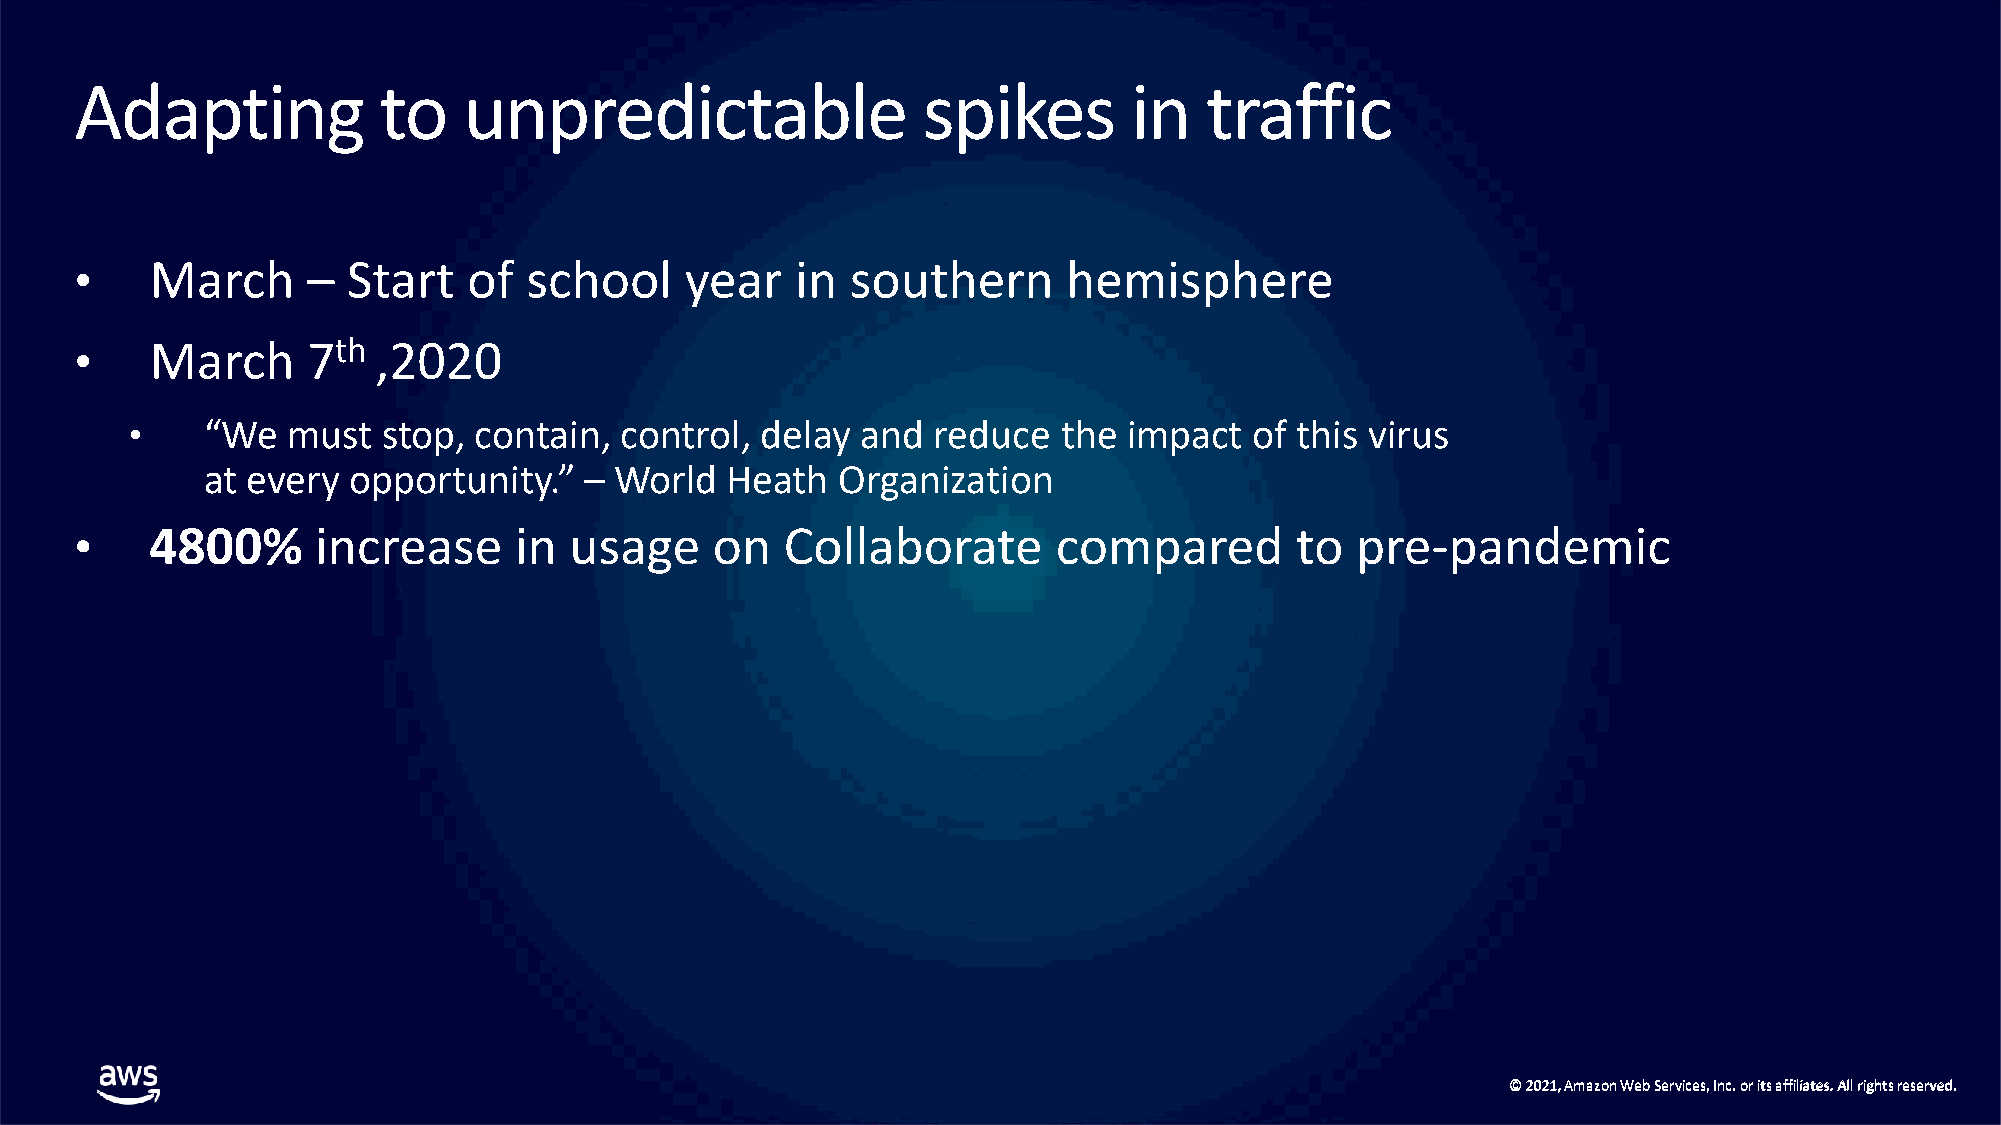
Adapting            to    unpredictable                 spikes        in   traffic
 •    March     –  Start   of  school    year    in southern       hemisphere
 •    March     7th  ,2020
 •    “We  must  stop, contain,  control, delay  and  reduce  the  impact  of this virus
 at every opportunity.”   – World  Heath   Organization
 •    4800%      increase     in  usage    on   Collaborate       compared        to  pre-pandemic
 ©© 22002211,, AAmmaazzoonn WWeebb SSeerrvviicceess,, IInncc.. oorr iittss aaffffiilliiaatteess.. AAllll rriigghhttss rreesseerrvveedd..